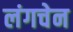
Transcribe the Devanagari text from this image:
लंगचेन